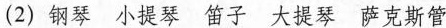
(2)钢琴小提琴笛子大提琴萨克斯管